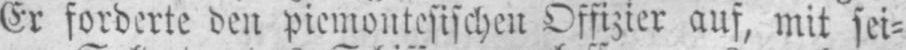
Er forderte den piemontesischen Offizier auf, mit sei⸗